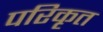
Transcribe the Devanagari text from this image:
परिकृत